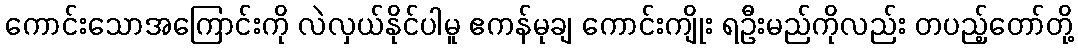
ကောင်းသောအကြောင်းကို လဲလှယ်နိုင်ပါမူ ဧကန်မုချ ကောင်းကျိုး ရဦးမည်ကိုလည်း တပည့်တော်တို့